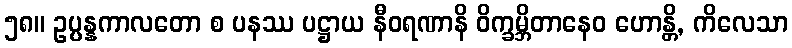
၅၈။ ဥပ္ပန္နကာလတော စ ပနဿ ပဋ္ဌာယ နီဝရဏာနိ ဝိက္ခမ္ဘိတာနေဝ ဟောန္တိ, ကိလေသာ